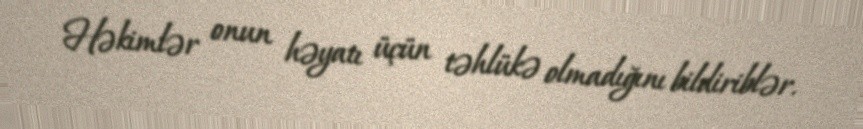
Həkimlər onun həyatı üçün təhlükə olmadığını bildiriblər.